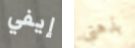
إيفي بذهني